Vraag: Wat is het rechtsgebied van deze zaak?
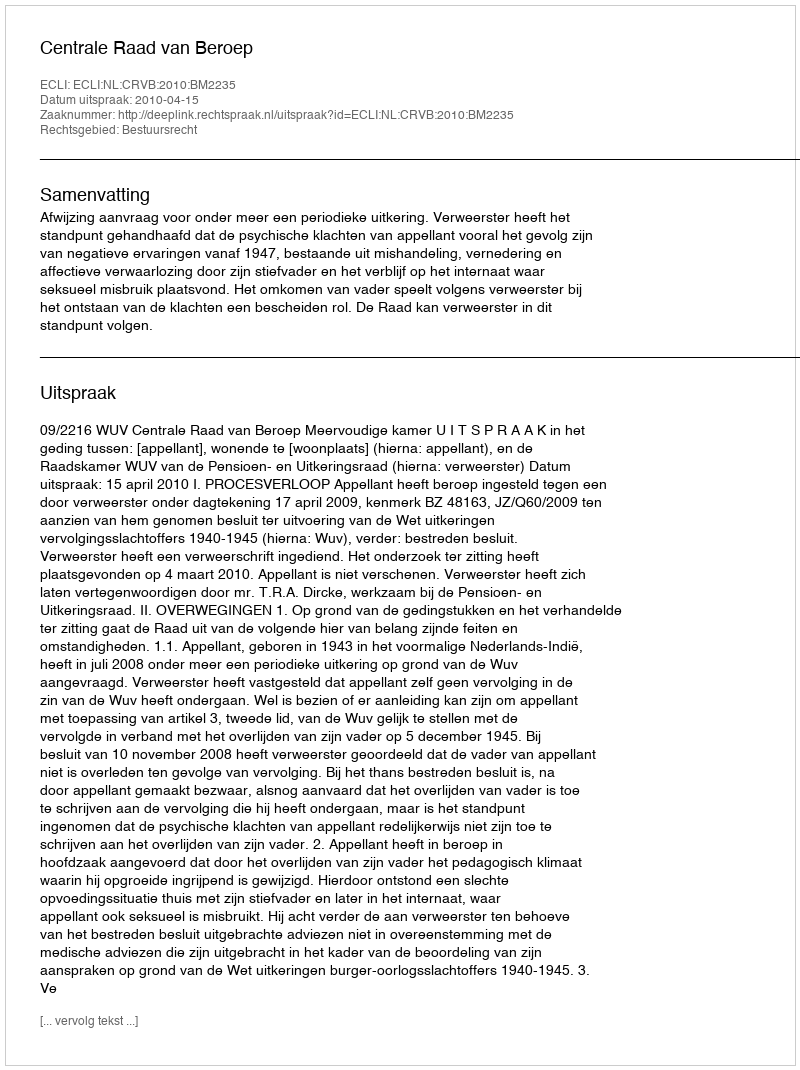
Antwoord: Bestuursrecht